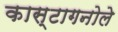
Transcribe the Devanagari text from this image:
कास्टागनोले